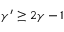
\gamma ^ { \prime } \ge 2 \gamma - 1